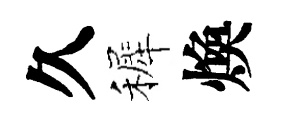
久裤煥